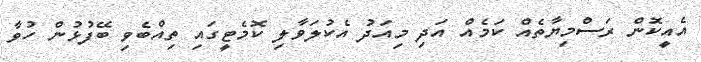
އެއީކޮން ރަސްމިޔާތެއް ކަމެއް އަދި މިއަދު އެކުލަވާލި ކޮމެޓީގައި ތިއްބެވި ބޭފުޅުން ހުވާ